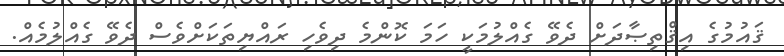
ޤައުމުގެ އިޤްތިޞާދަށް ދެވޭ ގެއްލުމަކީ ހަމަ ކޮންމެ ދިވެހި ރައްޔިތަކަށްވެސް ދެވޭ ގެއްލުމެއް.